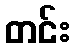
တင်း